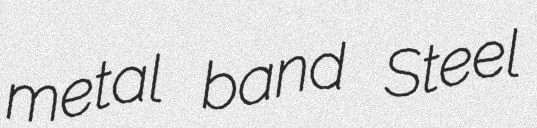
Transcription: metal band Steel